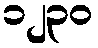
၁၂၃၀